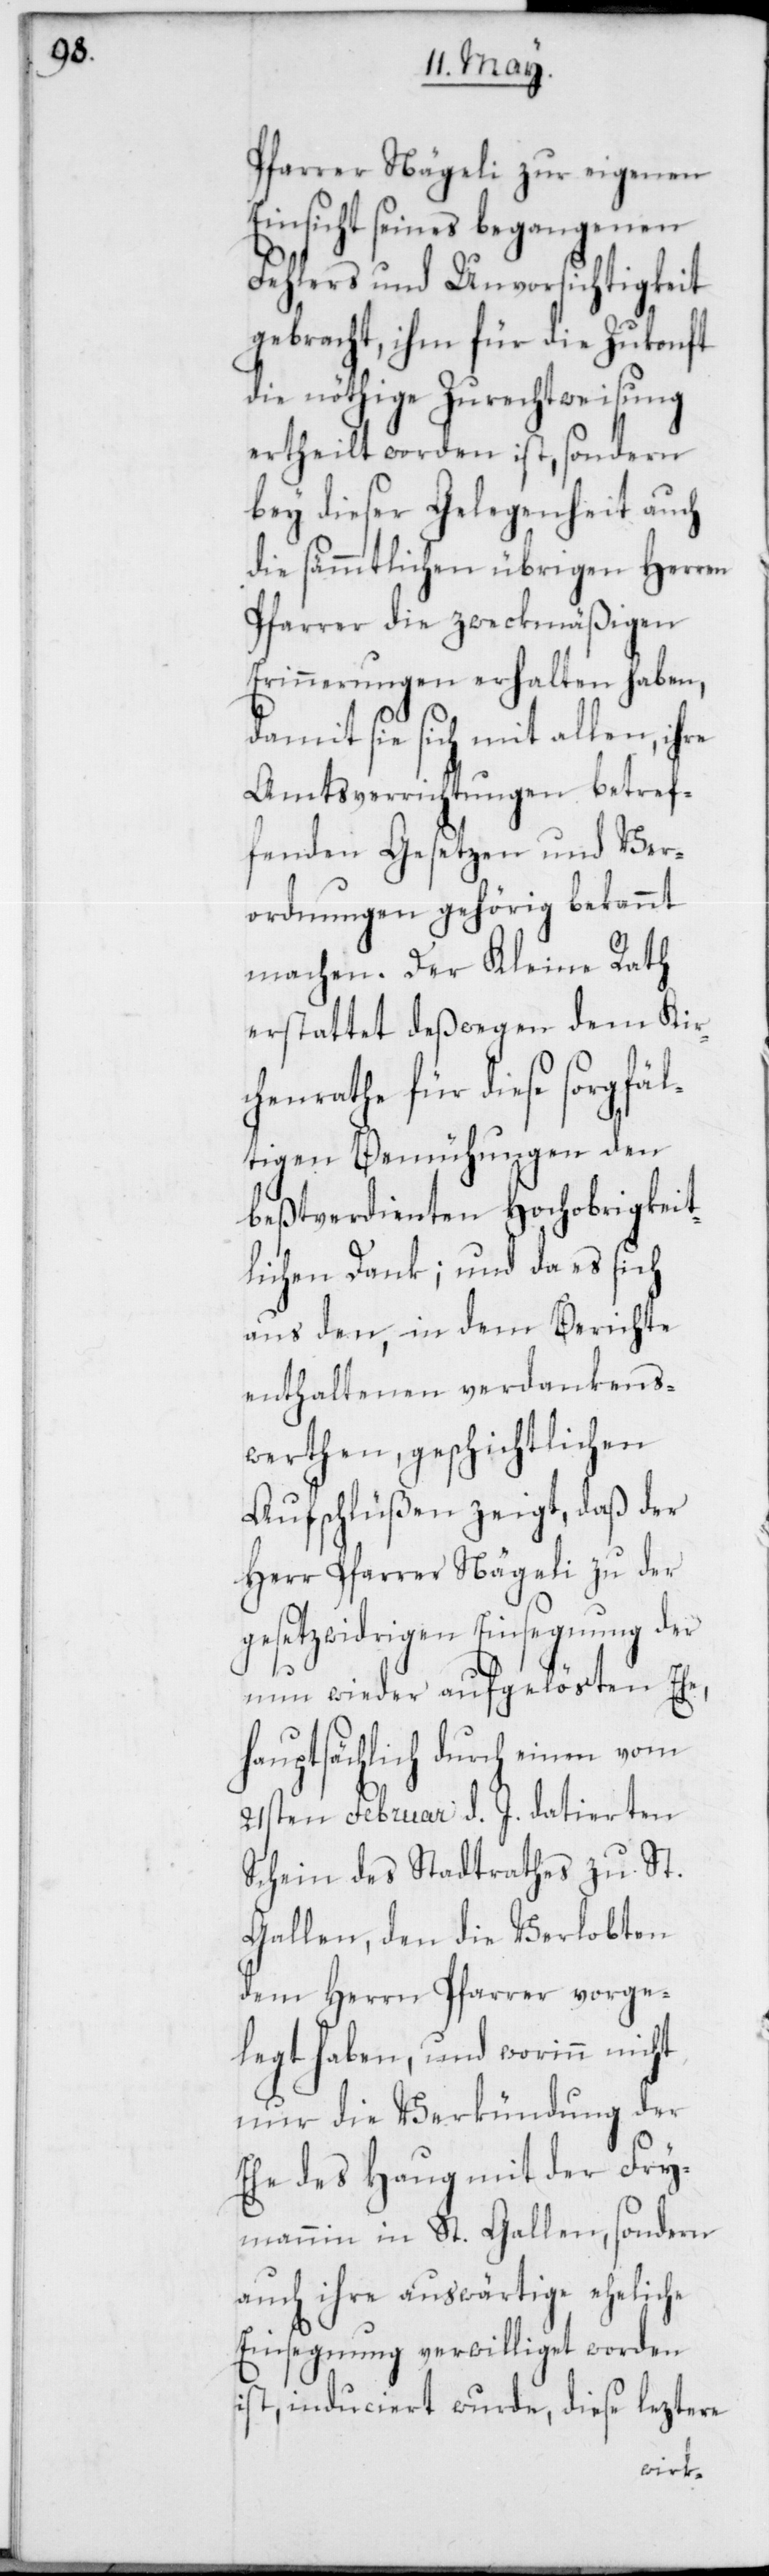
Pfarrer Nägeli zu eigenen
Einsicht seines begangenen
Fehlers und Unvorsichtigkeit
gebracht, ihm für die Zukonft
die nöthige Zurechtweisung
ertheilt worden ist, sondern
bey dieser Gelegenheit auch
die sämmtlichen übrigen Herren
Pfarrer die zweckmäßigen
Erinnerungen erhalten haben,
damit sie sich mit allen, ihre
Amtsverrichtungen betref¬
fenden Gesetzen und Ver¬
ordnungen gehörig bekannt
machen. Der Kleine Rath
erstattet deßwegen dem Kir¬
chenrathe für diese sorgfäl¬
tigen Bemühungen den
bestverdienten Hochobrigkeit¬
lichen Dank; und da es sich
aus den, in dem Berichte
enthaltenen verdankens¬
werthen, geschichtlichen
Aufschlüßen zeigt, daß der
Herr Pfarrer Nägeli zu der
gesetzwidrigen Einsegnung der
nun wieder aufgelösten Ehe,
hauptsächlich durch einen vom
21sten Februar d. J. datierten
Schein des Stadtrathes zu St.
Gallen, den die Verlobten
dem Herrn Pfarrer vorge¬
legt haben, und worinn nicht
nur die Verkündung der
Ehe des Haug mit der Fry¬
mannin in St. Gallen, sondern
auch ihre auswärtige eheliche
Einsegnung verwilliget worden
ist, induciert wurde, diese leztere